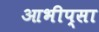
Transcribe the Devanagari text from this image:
आभीप्सा